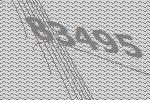
83495